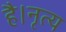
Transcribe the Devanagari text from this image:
है।नृत्य